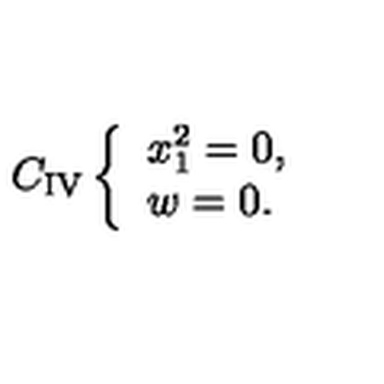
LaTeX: C _ { \mathrm { I V } } \left\{ \begin{array} { l } { x _ { 1 } ^ { 2 } = 0 , } \\ { w = 0 . } \\ \end{array} \right.